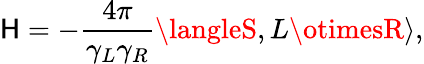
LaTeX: {\cal\mathsf{H}}=-{\frac{{4\pi}}{{\gamma_{L}\gamma_{R}}}}\langleS,L\otimesR\rangle,